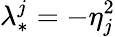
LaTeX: \lambda_{*}^{j}=-\eta_{j}^{2}